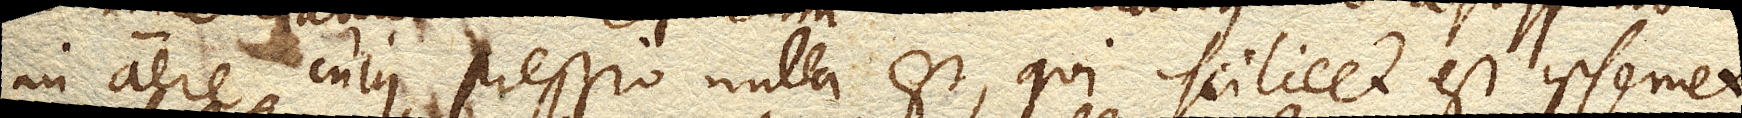
in aere cujus pressio nulla est, qui scilicet est ipsemet